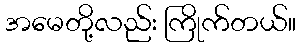
အမေတို့လည်း ကြိုက်တယ်။